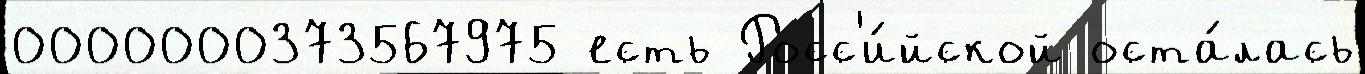
0000000373567975 есть Росс'и́йской оста́лась